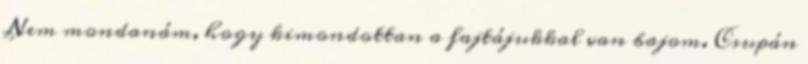
Nem mondanám, hogy kimondottan a fajtájukkal van bajom. Csupán